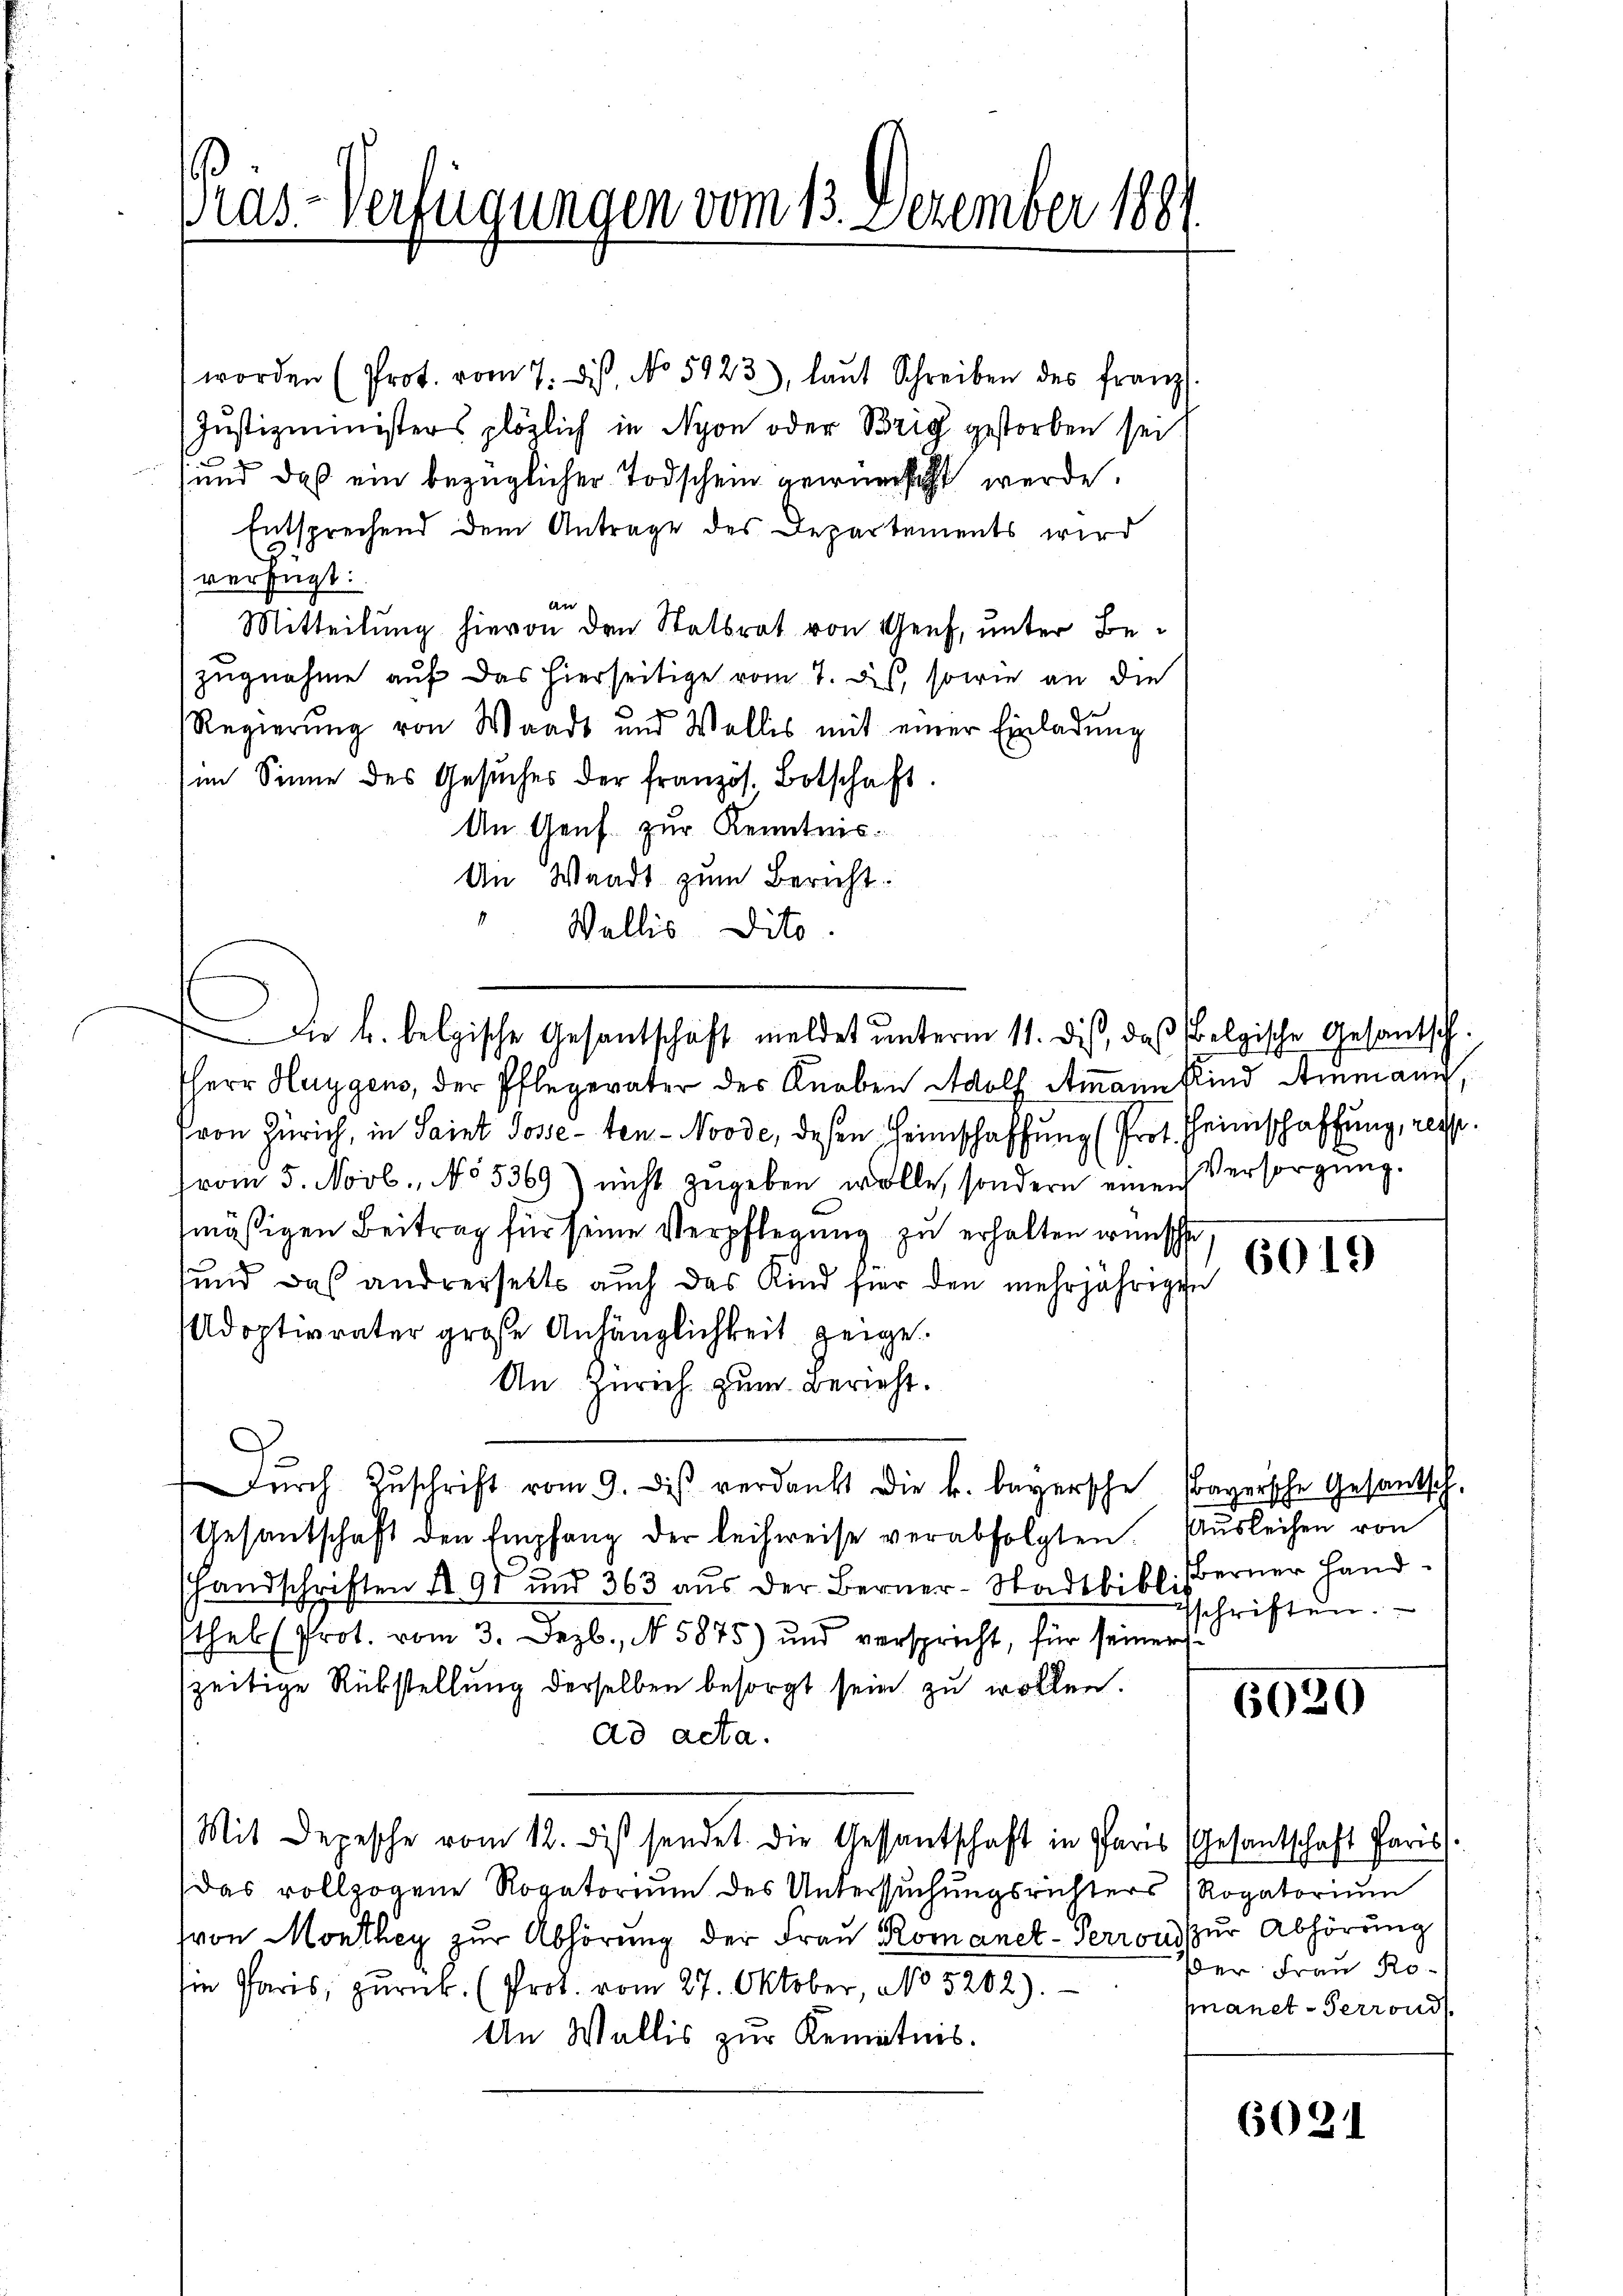
Pras-Verfügungen vom 13. Dezember 188

worden (Prot. vom 7. ds. No 5923), laŭt Schreiben des franz.
Justizministers plözlich in Nyon oder Brig gestorben sei
e
und daß ein bezüglicher Todschein vernersicht werde.
Entsprechend dem Antrage des Departements wird
verfügt:
An
Mitteilung hievon den Statsrat von Genf, unter Bezugnahme auf das hierseitige vom 7. Des, sowie an die
Regierŭng von Waadt und Wallis mit einer Einladŭng
im Sinne des Gesŭches der französ. Botschaft.
An Genf zur Kenntnis¬
An Waadt zum Bericht.
1
Wallis dito
Herr Huggens, der Pflegerater des Knaben Wolf Ammann Kind Ammann,
von Zürich, in Saint Jose-ten-Noode, deßen Heimschaffung (Prot. Heimschaffung, resp.
vom 5. Novb. No 5369) nicht zugeben wolle, sondern einen Versorgung.
mäßigen Beitrag für seine Verpflegung zu erhalten wünsche
und das andrerseits auch das Kind hier den mehrjährigen
Adoptivvater große Anhänglichkeit zeige.
An Zürich zum Bericht.
Dŭrch Zŭschrift vom 9. des verdankt die k. bayersche Fragersche Gesantsch-
Gesandschaft den Empfang der leihweise verabfolgten. Ausleihen von
Handschriften § 98 und 363 aus der Berner-Stadtbiblisserner Hand-
thel (Prot. vom 3. Dezb., N. 5875) und verspricht, für seiner
zeitige Rükstellung derselben besorgt sein zu wollen.
ad acta.
Mit Depesche vom 12. dist sendet. Die Gessantschaft in Paris (Gesantschaft Paris
Das vollzogene Rogatorium des Untersuchungsrichters Rogatorium
von Monthey zur Abhörung der Frau Romanet-Perrons zur Abhörung
in Paris, zurück. (Prot. vom 27. Oktober, No 5202).
An Wallis zur Kenntnis.

Die k. belgische Gesantschaft meldet unterm 11. dis, daß Belgische Gesantsch

6019

schriften.

6030

der Frau Ro-
mnanet-Perrond

6021